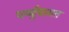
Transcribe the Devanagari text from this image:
पर्य्युपासत